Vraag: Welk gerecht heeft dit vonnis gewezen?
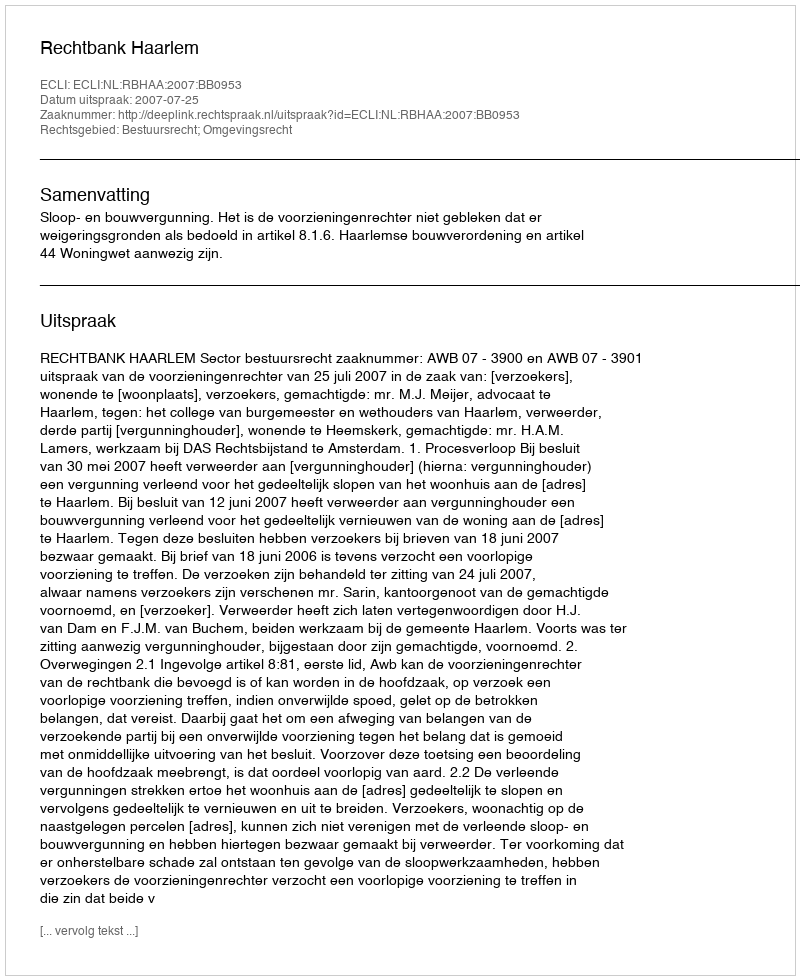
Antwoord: Rechtbank Haarlem